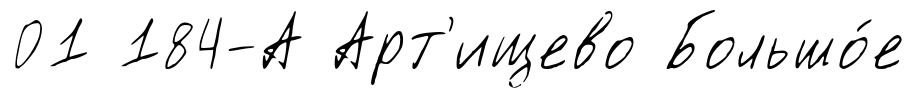
01 184-А Арт'ищево Большо́е